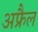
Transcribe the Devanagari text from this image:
अफ्रैल